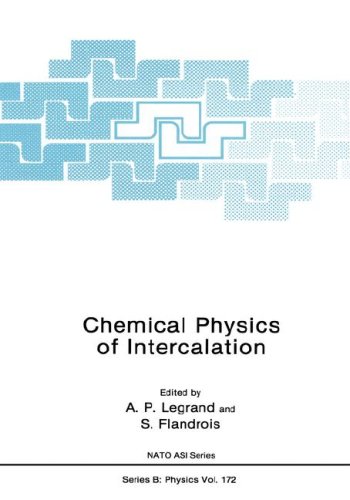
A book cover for Chemical Physics of Intercalation (Nato Science Series B:); A.P. Legrand; Science & Math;